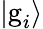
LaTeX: |\textrm{g}_{i}\rangle